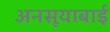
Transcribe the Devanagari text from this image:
अनसूयाबाई